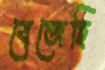
বেজেছি